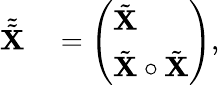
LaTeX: \begin{array}{rl}{\tilde{\tilde{\mathbf{X}}}}&{{}=\left(\begin{array}{l}{\tilde{\mathbf{X}}}\\ {\tilde{\mathbf{X}}\circ\tilde{\mathbf{X}}}\end{array}\right),}\end{array}